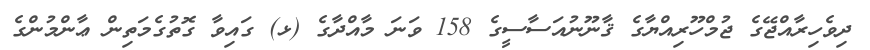
ދިވެހިރާއްޖޭގެ ޖުމްހޫރިއްޔާގެ ޤާނޫނުއަސާސީގެ 158 ވަނަ މާއްދާގެ (ޅ) ގައިވާ ގޮތުގެމަތިން ޢާންމުންގެ